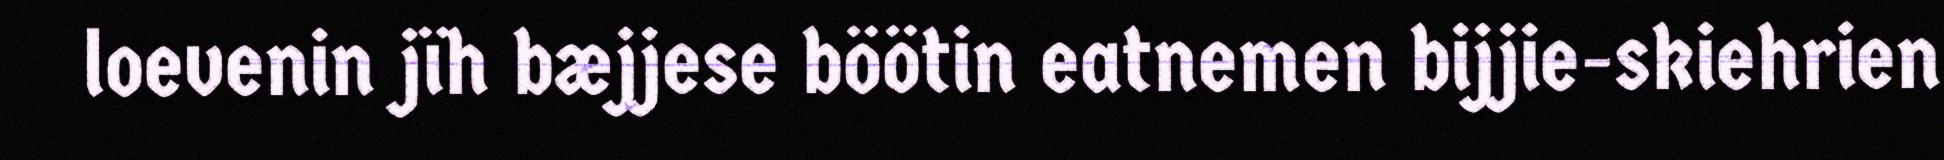
loevenin jïh bæjjese böötin eatnemen bijjie-skiehrien